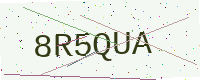
Text: 8R5QUA